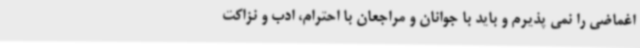
اغماضی را نمی پذیرم و باید با جوانان و مراجعان با احترام، ادب و نزاکت